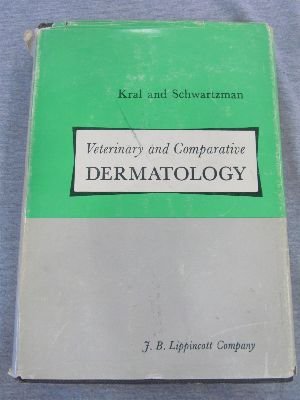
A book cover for Veterinary and comparative dermatology; Frank KraÃEÂEl; Medical Books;